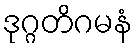
ဒုဂ္ဂတိဂမနံ